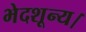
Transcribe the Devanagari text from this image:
भेदशून्य।